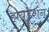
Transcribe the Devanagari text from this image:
हायड्रेशन